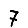
Digit: 7